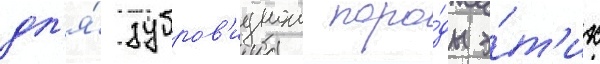
дл'я́ зубров'иднои поро́ды э́т'их